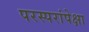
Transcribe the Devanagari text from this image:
परस्परांपेक्षा